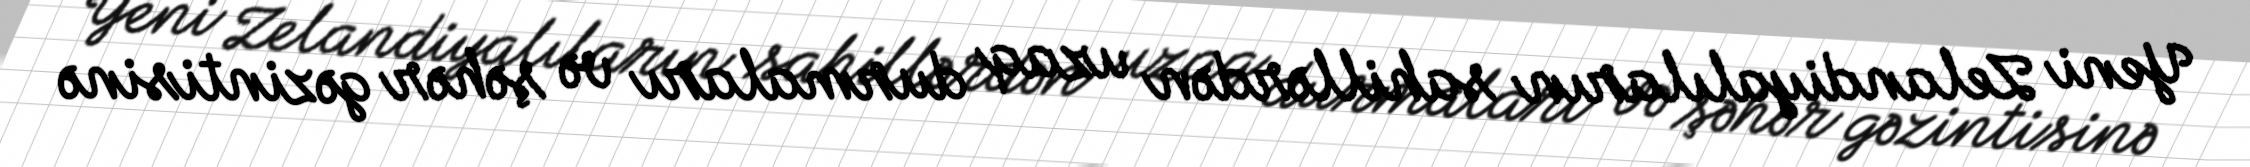
Yeni Zelandiyalıların sahillərdən uzaq durmaları və şəhər gəzintisinə